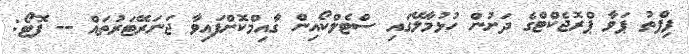
ފިފްތު ޕަވާ ޕްރޮޖެކްޓްގެ ދަށުން ހުޅުމާލޭގައި ސްޓެލްކޯއިން ގާއިމްކޮށްފައިވާ ޖަނަރޭޓަރުތައް -- ފޮޓޯ: